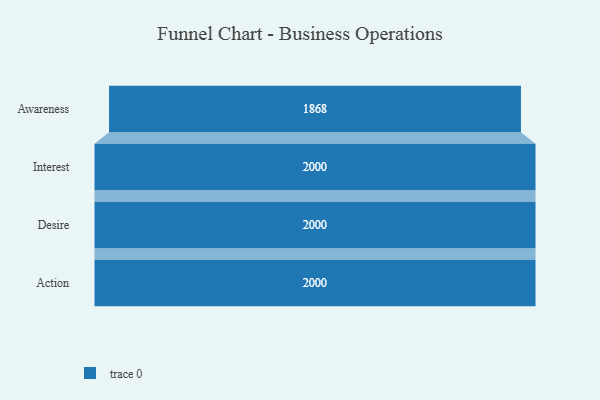
{"axis": {"x": "Stage", "y": "Value"}, "legend": [""], "data": [{"x": "Awareness", "y": 1868.0, "type": ""}, {"x": "Interest", "y": 2000, "type": ""}, {"x": "Desire", "y": 2000, "type": ""}, {"x": "Action", "y": 2000, "type": ""}]}